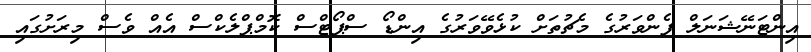
އިންޓަނޭޝަނަލް ފެންވަރުގެ މެޗުތަށް ކުޅެވޭވަރުގެ އިންޑޯ ސްޕޯޓްސް ކޮމްޕްލެކްސް އެއް ވެސް މިރަށުގައި